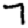
Digit: 7